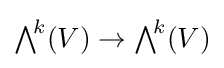
{\textstyle \bigwedge }^{\!k}(V)\to {\textstyle \bigwedge }^{\!k}(V)